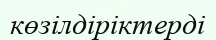
көзілдіріктерді